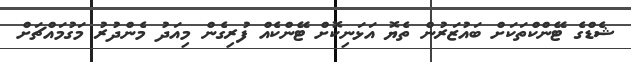
ޝެޑްގެ ޓޭންކްތަކަށް ބައުޒަރުން ތެޔޮ އަޅަނިކޮށް ޓޭންކެއް ފުރިގެން މިއަދު މެންދުރު މަގުމައްޗަށް